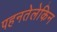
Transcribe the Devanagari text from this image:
पहनतेलेकिन